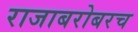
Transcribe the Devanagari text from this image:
राजाबरोबरच